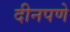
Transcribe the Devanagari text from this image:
दीनपणे